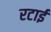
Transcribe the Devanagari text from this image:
रटाई